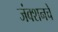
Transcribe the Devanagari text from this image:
जंक्शनचे